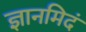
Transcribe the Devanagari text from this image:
ज्ञानमिदं